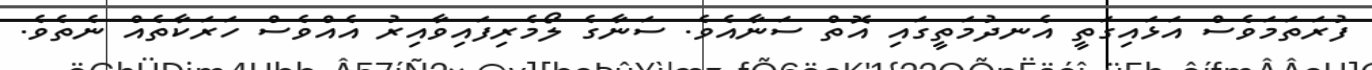
ފުރަތަމަވެސް އަޅައިގަތީ އެނދުމަތީގައި އޮތް ސަނާއެވެ. ސަނާގެ ލޯމެރިފައިވާއިރު އެއްވެސް ހަރަކާތެއް ނެތެވެ.